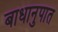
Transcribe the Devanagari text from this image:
बाधानुपात